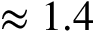
\approx 1 . 4